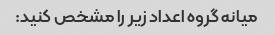
میانه گروه اعداد زیر را مشخص کنید: